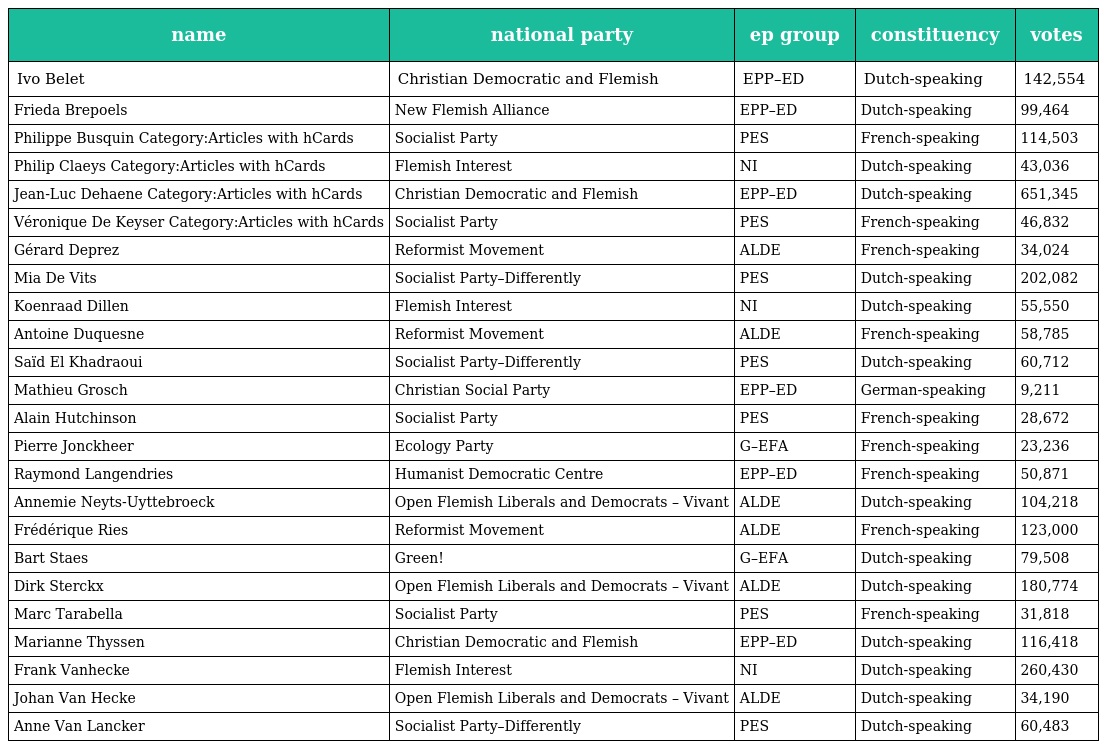
| name | national party | ep group | constituency | votes |
 | --- | --- | --- | --- | --- |
 | Ivo Belet | Christian Democratic and Flemish | EPP–ED | Dutch-speaking | 142,554 |
 | Frieda Brepoels | New Flemish Alliance | EPP–ED | Dutch-speaking | 99,464 |
 | Philippe Busquin Category:Articles with hCards | Socialist Party | PES | French-speaking | 114,503 |
 | Philip Claeys Category:Articles with hCards | Flemish Interest | NI | Dutch-speaking | 43,036 |
 | Jean-Luc Dehaene Category:Articles with hCards | Christian Democratic and Flemish | EPP–ED | Dutch-speaking | 651,345 |
 | Véronique De Keyser Category:Articles with hCards | Socialist Party | PES | French-speaking | 46,832 |
 | Gérard Deprez | Reformist Movement | ALDE | French-speaking | 34,024 |
 | Mia De Vits | Socialist Party–Differently | PES | Dutch-speaking | 202,082 |
 | Koenraad Dillen | Flemish Interest | NI | Dutch-speaking | 55,550 |
 | Antoine Duquesne | Reformist Movement | ALDE | French-speaking | 58,785 |
 | Saïd El Khadraoui | Socialist Party–Differently | PES | Dutch-speaking | 60,712 |
 | Mathieu Grosch | Christian Social Party | EPP–ED | German-speaking | 9,211 |
 | Alain Hutchinson | Socialist Party | PES | French-speaking | 28,672 |
 | Pierre Jonckheer | Ecology Party | G–EFA | French-speaking | 23,236 |
 | Raymond Langendries | Humanist Democratic Centre | EPP–ED | French-speaking | 50,871 |
 | Annemie Neyts-Uyttebroeck | Open Flemish Liberals and Democrats – Vivant | ALDE | Dutch-speaking | 104,218 |
 | Frédérique Ries | Reformist Movement | ALDE | French-speaking | 123,000 |
 | Bart Staes | Green! | G–EFA | Dutch-speaking | 79,508 |
 | Dirk Sterckx | Open Flemish Liberals and Democrats – Vivant | ALDE | Dutch-speaking | 180,774 |
 | Marc Tarabella | Socialist Party | PES | French-speaking | 31,818 |
 | Marianne Thyssen | Christian Democratic and Flemish | EPP–ED | Dutch-speaking | 116,418 |
 | Frank Vanhecke | Flemish Interest | NI | Dutch-speaking | 260,430 |
 | Johan Van Hecke | Open Flemish Liberals and Democrats – Vivant | ALDE | Dutch-speaking | 34,190 |
 | Anne Van Lancker | Socialist Party–Differently | PES | Dutch-speaking | 60,483 |